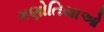
ગણોતિયાઓ